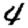
Digit: 4